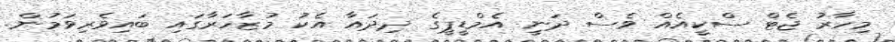
މިހާރު ޖެޓް ސްކީއެއް ވެސް ދަނީ އެމްޑީޕީގެ ދިދައާ އެކު މުޒާހަރާގައި ބައިވެރިވަމުން.